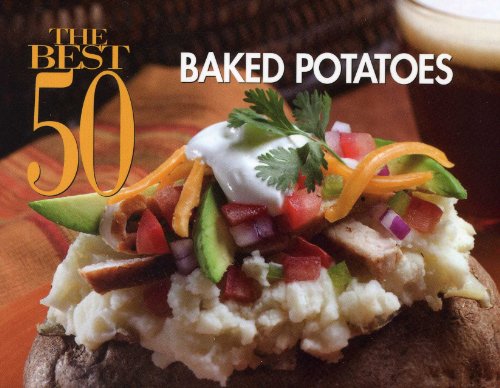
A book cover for The Best 50 Baked Potatoes; Christie Katona; Cookbooks, Food & Wine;